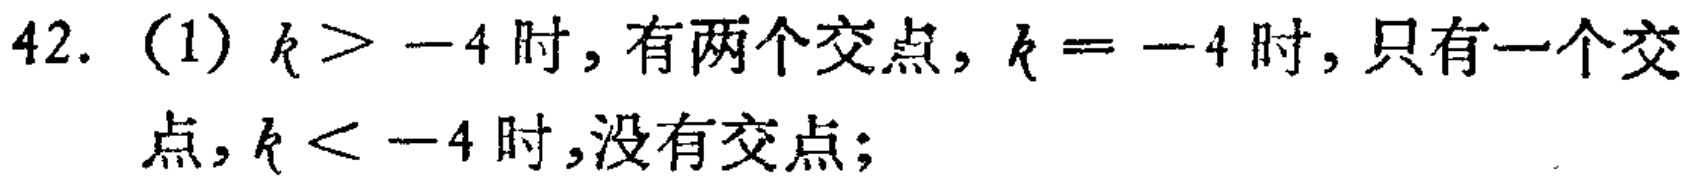
42. （1）\(k > -4\)时，有两个交点，\(k = -4\)时，只有一个交点，\(k < -4\)时，没有交点；